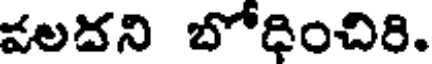
వలదని బోధించిరి.